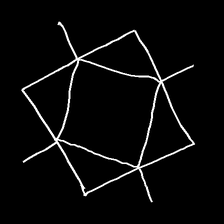
Glyph: light